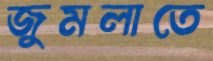
জুমলাতে